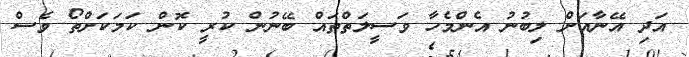
އަދި އޭނާއަށް ލިބުނު އެންމެހާ ވަސީލަތްތައް ބޭނުން ކުރީ ކޮން ކަމަކަށްތޯ ވެސް